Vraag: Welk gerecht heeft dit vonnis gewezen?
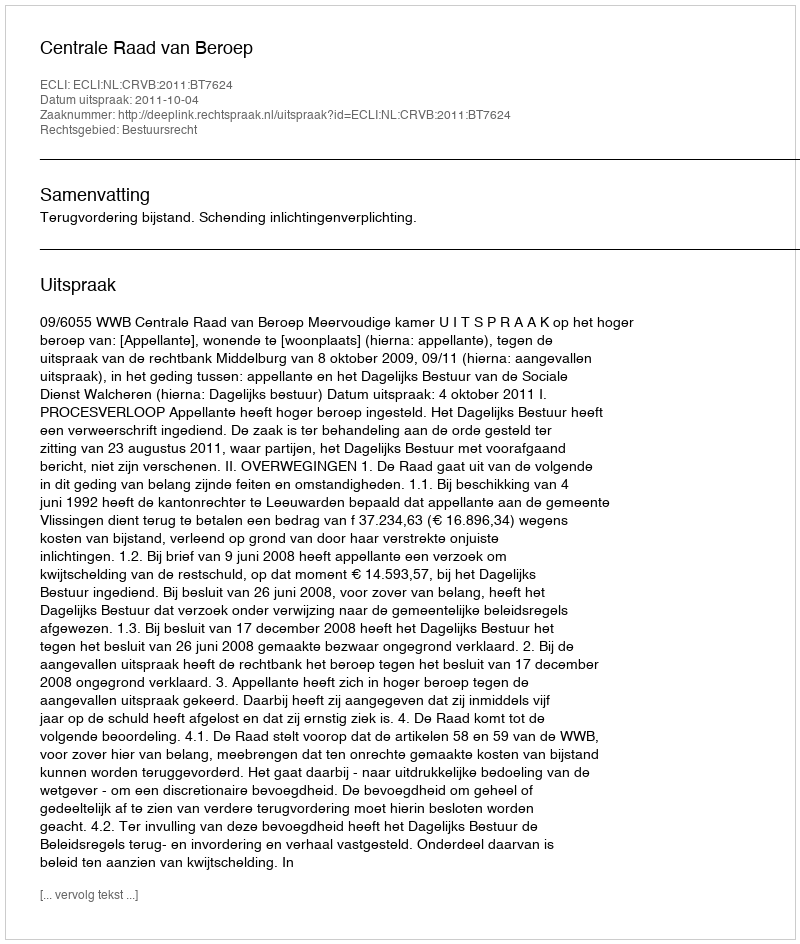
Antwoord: Centrale Raad van Beroep